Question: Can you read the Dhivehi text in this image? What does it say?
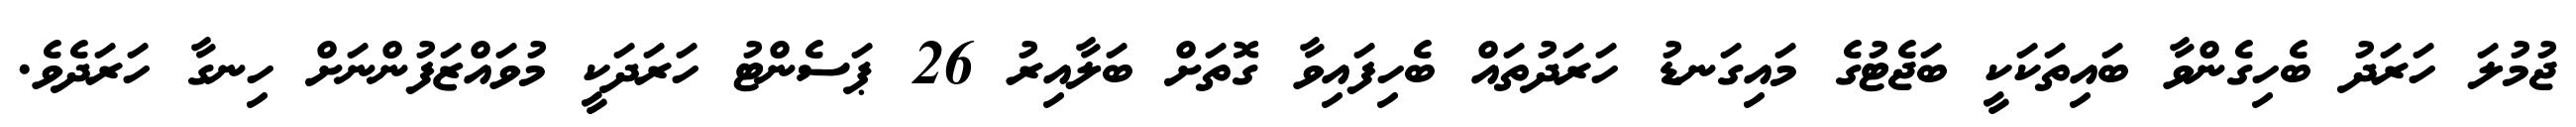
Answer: ޖުމުލަ ހަރަދު ބެހިގެންވާ ބައިތަކަކީ ބަޖެޓުގެ މައިގަނޑު ހަރަދުތައް ބެހިފައިވާ ގޮތަށް ބަލާއިރު 26 ޕަސެންޓު ހަރަދަކީ މުވައްޒަފުންނަށް ހިނގާ ހަރަދެވެ.